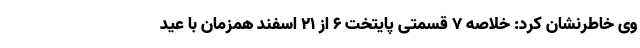
وی خاطرنشان کرد: خلاصه 7 قسمتی پایتخت 6 از 21 اسفند همزمان با عید